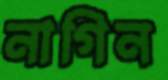
নাগিন